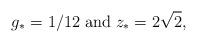
LaTeX: \begin{align*}g_* = 1/12 \; \mbox{and} \; z_* = 2 \sqrt{2},\end{align*}